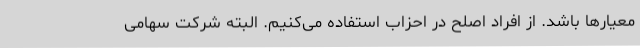
معیارها باشد. از افراد اصلح در احزاب استفاده می‌کنیم. البته شرکت سهامی